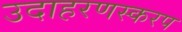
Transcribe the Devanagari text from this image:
उदाहरणस्करप